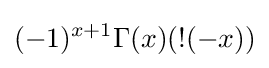
(-1)^{x+1}\Gamma (x)(!(-x))